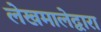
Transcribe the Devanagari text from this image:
लेखमालेद्वारा